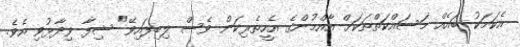
އެކަމަކު ބައެއް މަސައްކަތްތަކަށް އާއްމުންގެ އެހީތެރިކަން ވެސް ލިބިފައިވޭ" ޝިފާ ވިދާޅުވި އެވެ.